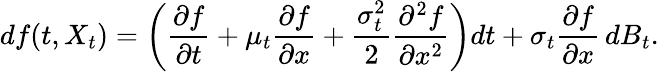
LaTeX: df(t,X_{t})=\left({\frac{\partial f}{\partial t}}+\mu_{t}{\frac{\partial f}{\partial x}}+{\frac{\sigma_{t}^{2}}{2}}{\frac{\partial^{2}f}{\partial x^{2}}}\right)dt+\sigma_{t}{\frac{\partial f}{\partial x}}\, dB_{t}.